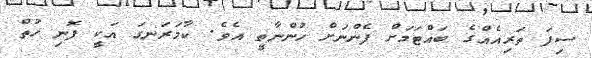
ސިފަ ތަރިއެއްގެ ބައްޓަމަށް ފެންނަށް ހުންނާތީ އެވެ. ކާމަރަނގަ އަކީ ފޮނި ހުތް